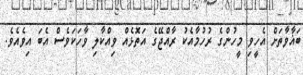
ބަޣާވާތަށް އެހީވި މީހުންގެ ރުހުމާއެކު ރާއްޖޭގެ އަތޮޅެއް ވިއްކާލި ވާހަކަވެސް އެބަ އިވެއެވެ.